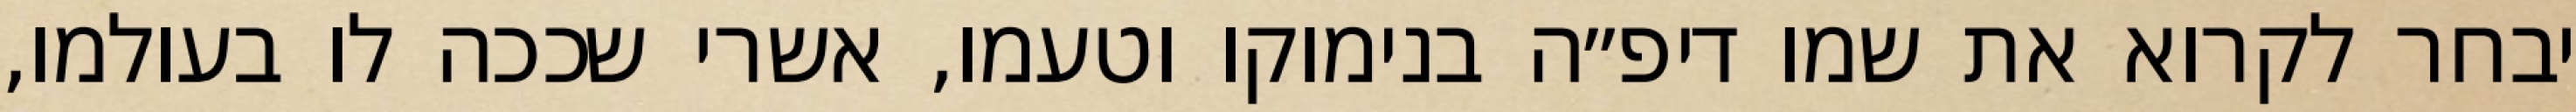
יבחר לקרוא את שמו דיפ״ה בנימוקו וטעמו, אשרי שככה לו בעולמו,